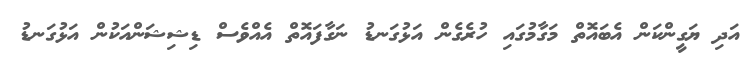
އަދި ޔަގީންކަން އެބައޮތް މަގާމުގައި ހުރެގެން އަޅުގަނޑު ނަގާފައޮތް އެއްވެސް ޑިޝިޝަންއަކުން އަޅުގަނޑު